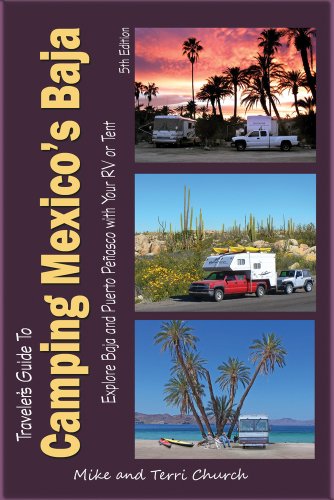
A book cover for Traveler's Guide to Camping Mexico's Baja: Explore Baja and Puerto Penasco with Your RV or Tent (Traveler's Guide series); Mike Church; Travel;